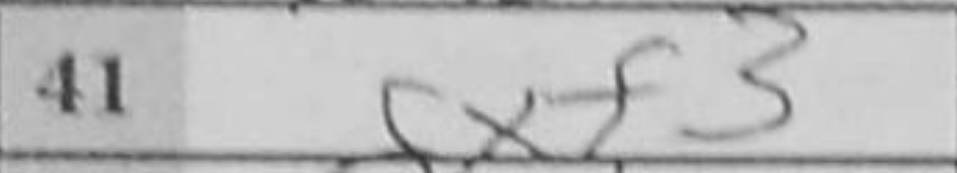
Transcription: gxf3